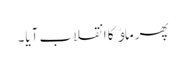
پھر ماﺅ کا انقلاب آیا۔